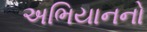
અભિયાનનો